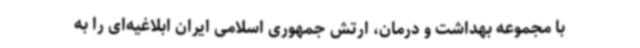
با مجموعه بهداشت و درمان، ارتش جمهوری اسلامی ایران ابلاغیه‌ای را به